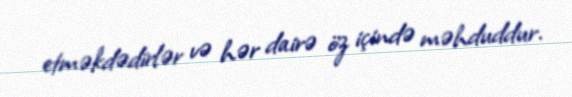
etməkdədirlər və hər dairə öz içində məhduddur.